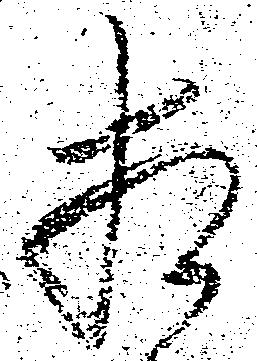
相